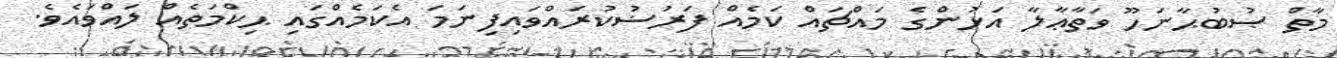
މާތް ޞުބުޙާނަހޫ ވަތާޢާލާ އަޅުންގެ މައްޗައް ކަމެއް ފަރުޟުކުރައްވައިފިނަމަ އެކަމެއްގައި ޙިކްމަތެއް ލައްވައެވެ.